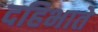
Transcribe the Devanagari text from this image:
दहिभाते